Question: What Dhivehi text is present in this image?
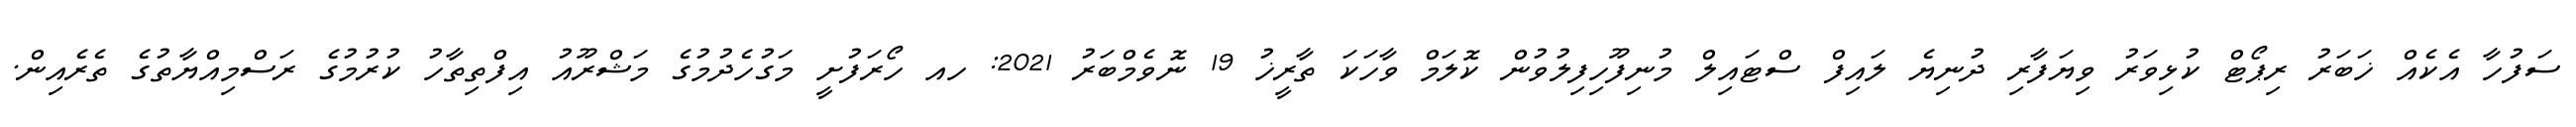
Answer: ސަފުހާ އެކެއް ޚަބަރު ރިޕޯޓް ކުޅިވަރު ވިޔަފާރި ދުނިޔެ ލައިފް ސްޓައިލް މުނިފޫހިފިލުވުން ކޮލަމް ވާހަކަ ތާރީޚު 19 ނޮވެމްބަރު 2021: ހއ ހޯރަފުށީ މަގުހެދުމުގެ މަޝްރޫއު އިފްތިތާހު ކުރުމުގެ ރަސްމިއްޔާތުގެ ތެރެއިން.